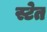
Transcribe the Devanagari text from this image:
स्टेत